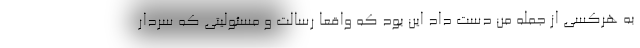
به هرکسی از جمله من دست داد این بود که واقعا رسالت و مسئولیتی که سردار